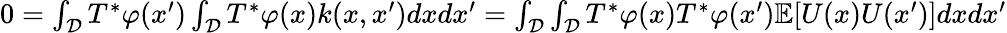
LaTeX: \begin{array}{r}{0=\int_{\mathcal{D}}T^{*}\varphi(x^{\prime})\int_{\mathcal{D}}T^{*}\varphi(x)k(x,x^{\prime})dxdx^{\prime}=\int_{\mathcal{D}}\int_{\mathcal{D}}T^{*}\varphi(x)T^{*}\varphi(x^{\prime})\mathbb{E}[U(x)U(x^{\prime})]dxdx^{\prime}}\end{array}